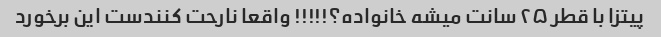
پیتزا با قطر ۲۵ سانت میشه خانواده؟!!!!! واقعا نارحت کنندست این برخورد